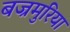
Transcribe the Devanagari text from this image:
बज्रमुरिया